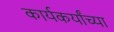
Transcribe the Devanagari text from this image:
कार्यकर्यांच्या